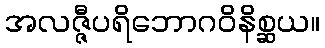
အလဇ္ဇီပရိဘောဂဝိနိစ္ဆယ။